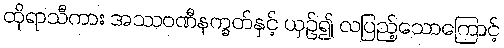
ထိုရာသီကား အဿဝဏီနက္ခတ်နှင့် ယှဉ်၍ လပြည့်သောကြောင့်